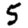
Digit: 5